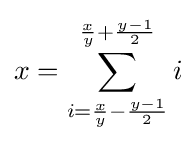
x=\sum _{i={\frac {x}{y}}-{\frac {y-1}{2}}}^{{\frac {x}{y}}+{\frac {y-1}{2}}}i